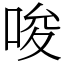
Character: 唆